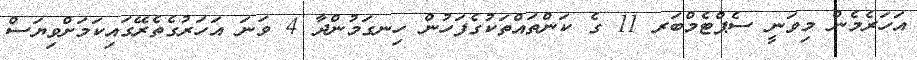
އަހަރެމެން މިވަނީ ސެޕްޓެމްބަރ 11 ގެ ކަންތައްތަކުގެފަހުން ހިނގަމުންދާ 4 ވަނަ އަހަރުގެތެރޭގައިކަމަށްވިޔަސް